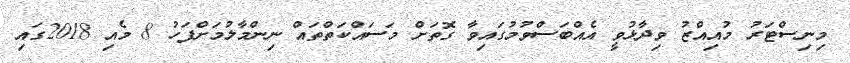
މިނިސްޓަރު މުއިއްޒު ވިދާޅުވީ އެއްބަސްވުމުގައިވާ ގޮތަށް މަސައްކަތްތައް ނިންމާލުމަށްފަހު 8 މެއި 2018ގައި